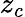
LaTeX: z_{c}